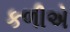
કળીએ